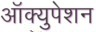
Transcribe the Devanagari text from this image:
ऑक्युपेशन